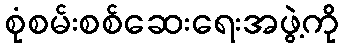
စုံစမ်းစစ်ဆေးရေးအဖွဲ့ကို